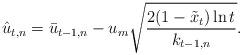
LaTeX: \begin{align*} \hat{u}_{t,n}=\bar{u}_{t-1,n}-u_m\sqrt{\frac{2(1-\tilde{x}_t)\ln t}{k_{t-1,n}}}.\end{align*}